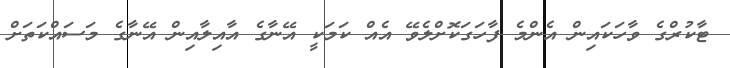
ޓާކުރްގެ ވާހަކައިން އެންމެ ފާހަގަކޮށްލެވޭ އެއް ކަމަކީ އޭނާގެ އާއިލާއިން އޭނާގެ މަސައްކަތަށް